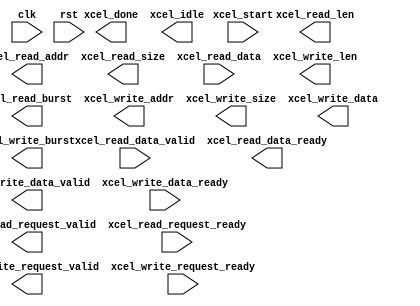
module xcel_opt #(
  parameter AXI_AWIDTH = 32,
  parameter AXI_DWIDTH = 32,
  parameter WT_DIM = 5
) (
  input clk,
  input rst,

  output                  xcel_read_request_valid,
  input                   xcel_read_request_ready,
  output [AXI_AWIDTH-1:0] xcel_read_addr,
  output [31:0]           xcel_read_len,
  output [2:0]            xcel_read_size,
  output [1:0]            xcel_read_burst,
  input  [AXI_DWIDTH-1:0] xcel_read_data,
  input                   xcel_read_data_valid,
  output                  xcel_read_data_ready,

  output                  xcel_write_request_valid,
  input                   xcel_write_request_ready,
  output [AXI_AWIDTH-1:0] xcel_write_addr,
  output [31:0]           xcel_write_len,
  output [2:0]            xcel_write_size,
  output [1:0]            xcel_write_burst,
  output [AXI_DWIDTH-1:0] xcel_write_data,
  output                  xcel_write_data_valid,
  input                   xcel_write_data_ready,
 
  input  xcel_start,
  output xcel_done,
  output xcel_idle
);

  // TODO: Your code to implement an optimized hardware accelerator.

endmodule